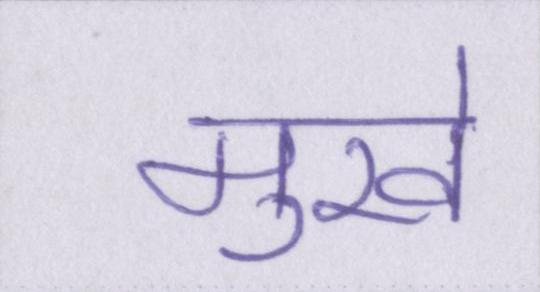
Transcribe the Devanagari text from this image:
मुखे